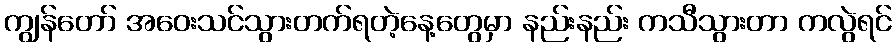
ကျွန်တော် အဝေးသင်သွားတက်ရတဲ့နေ့တွေမှာ နည်းနည်း ကသီသွားတာ ကလွဲရင်